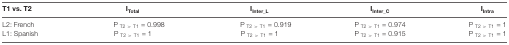
| T1 vs. T2 | ITotal | IInter_L | IInter_C | IIntra |
 | --- | --- | --- | --- | --- |
 | L2: French | P T2 > T1 = 0.998 | P T2 > T1 = 0.919 | P T2 > T1 = 0.974 | P T2 > T1 = 1 |
 | L1: Spanish | P T2 > T1 = 1 | P T2 > T1 = 1 | P T2 > T1 = 0.915 | P T2 > T1 = 1 |